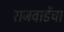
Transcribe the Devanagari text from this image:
राजवाडेंचा